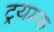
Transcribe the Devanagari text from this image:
ट्रयम्फ